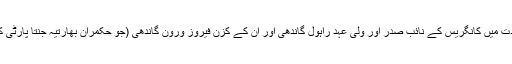
اقوام متحدہ کے سابق اسسٹنٹ سیکرٹری جنرل اور کانگریسی رکن پارلیمان ششی تھرور کی قیادت میں کانگریس کے نائب صدر اور ولی عہد راہول گاندھی اور ان کے کزن فیروز ورون گاندھی (جو حکمران بھارتیہ جنتا پارٹی کے رکن ہیں) سمیت سبھی پارٹیوں سے تعلق رکھنے والے 31 اراکین اس کمیٹی میں شامل ہیں۔